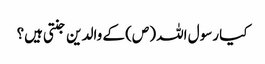
کیا رسول اللہ (ص) کے والدین جنتی ہیں؟